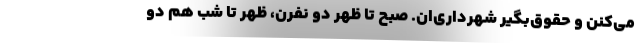
می‌کنن و حقوق‌بگیر شهرداری‌ان. صبح تا ظهر دو نفرن، ظهر تا شب هم دو